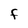
Character: F